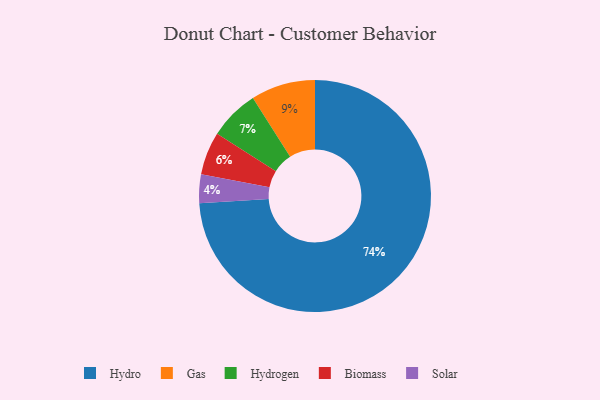
{"axis": {"x": "Category", "y": "Percentage"}, "legend": ["Biomass", "Gas", "Hydro", "Hydrogen", "Solar"], "data": [{"x": "Solar", "y": 4, "type": "Solar"}, {"x": "Biomass", "y": 6, "type": "Biomass"}, {"x": "Gas", "y": 9, "type": "Gas"}, {"x": "Hydro", "y": 74, "type": "Hydro"}, {"x": "Hydrogen", "y": 7, "type": "Hydrogen"}]}